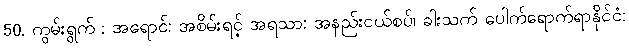
50. ကွမ်းရွက် : အရောင်: အစိမ်းရင့် အရသာ: အနည်းငယ်စပ်၊ ခါးသက် ပေါက်ရောက်ရာနိုင်ငံ: